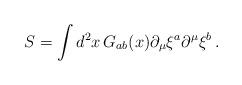
LaTeX: \begin{align*}S=\int d^2x \, G_{ab}(x) \partial_\mu \xi^a \partial^\mu \xi^b \,.\end{align*}